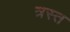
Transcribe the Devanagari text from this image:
त्रस्‍त